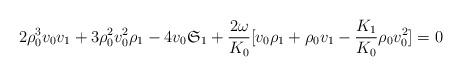
LaTeX: \begin{align*}2\rho_{0}^{3}v_{0}v_{1}+3\rho_{0}^{2}v_{0}^{2}\rho_{1}-4v_{0}\mathfrak{S}_{1}+\frac{2\omega}{K_{0}}[v_{0}\rho_{1}+\rho_{0}v_{1}-\frac{K_{1}}{K_{0}}\rho_{0}v_{0}^{2}]=0 \end{align*}